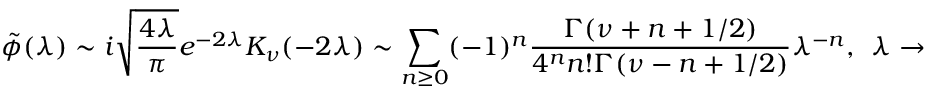
\tilde { \phi } ( \lambda ) \sim i \sqrt { \frac { 4 \lambda } { \pi } } e ^ { - 2 \lambda } K _ { \nu } ( - 2 \lambda ) \sim \sum _ { n \geq 0 } ( - 1 ) ^ { n } \frac { \Gamma ( \nu + n + 1 / 2 ) } { 4 ^ { n } n ! \Gamma ( \nu - n + 1 / 2 ) } \lambda ^ { - n } , \ \ \lambda \rightarrow \infty ,